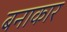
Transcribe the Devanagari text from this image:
बनाकार